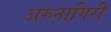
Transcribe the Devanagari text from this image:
अरुनागिरी